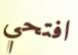
افتحي